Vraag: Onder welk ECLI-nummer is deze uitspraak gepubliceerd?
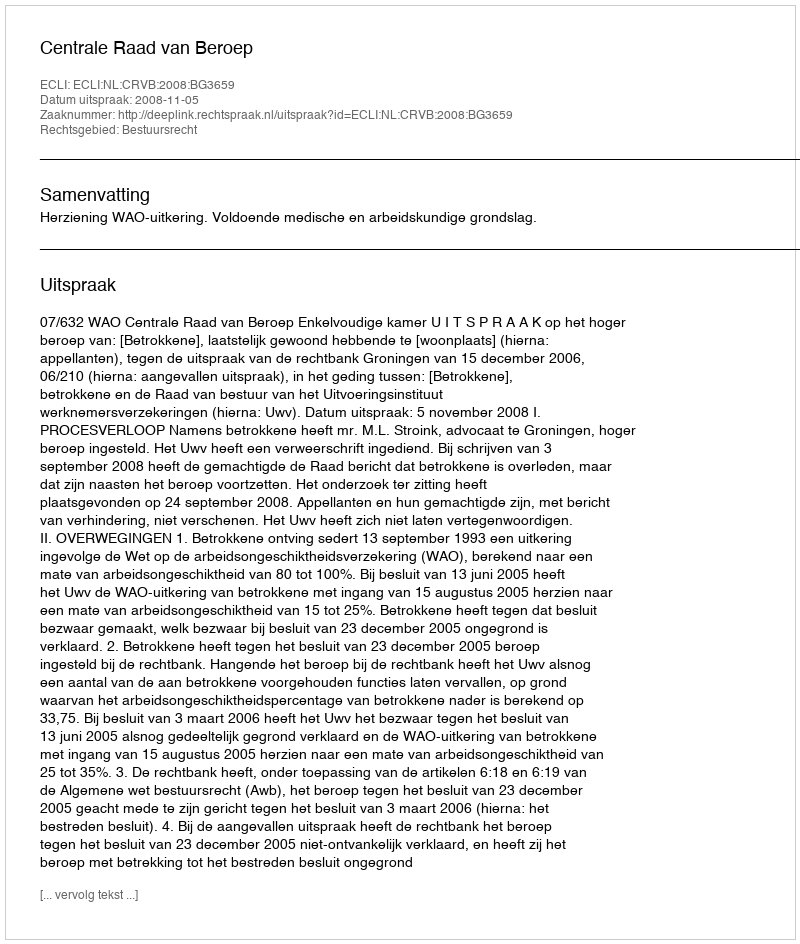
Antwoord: ECLI:NL:CRVB:2008:BG3659